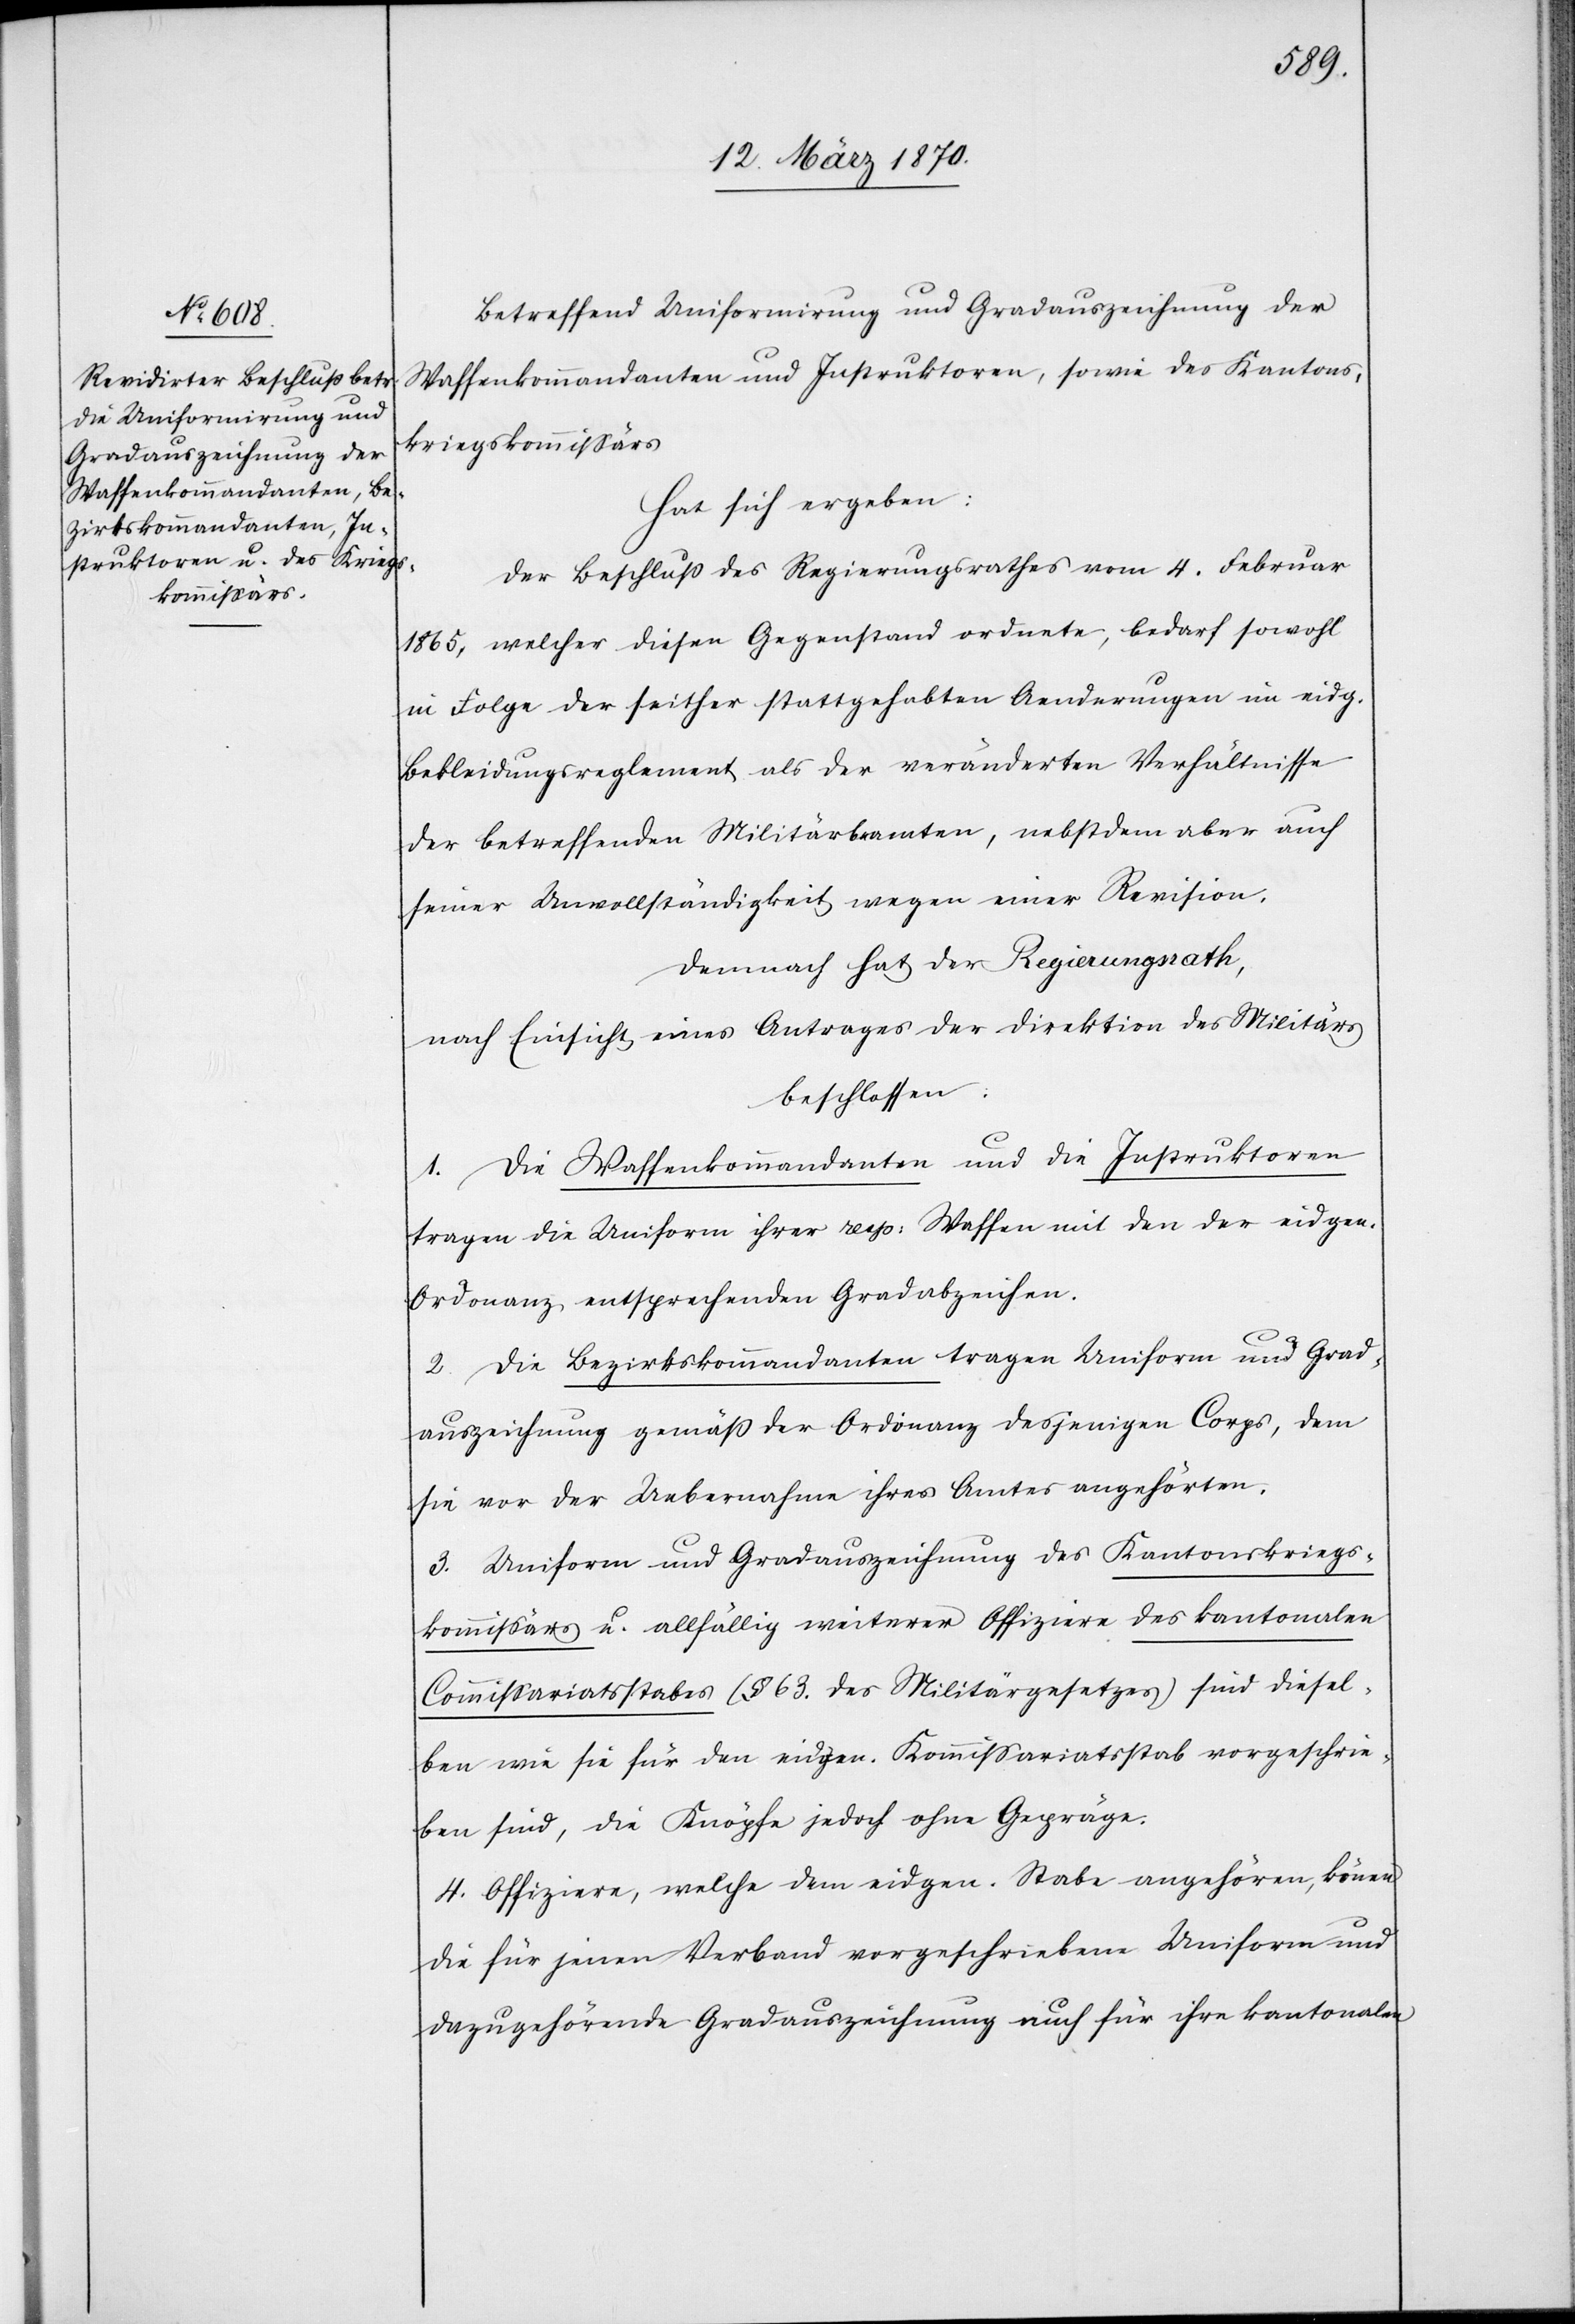
Betreffend Uniformirung und Gradauszeichnung der
Waffenkommandanten und Instruktoren, sowie des Kantons¬
kriegskommissärs
hat sich ergeben:
Der Beschluß des Regierungsrathes vom 4. Februar
1865, welcher diesen Gegenstand ordnete, bedarf sowohl
in Folge der seither stattgefundenen Aenderungen im eidg.
Bekleidungsreglement als der veränderten Verhältnisse
der betreffenden Militärbeamten, nebstdem aber auch
seiner Unvollständigkeit wegen einer Revision.
Demnach hat der Regierungsrath,
nach Einsicht eines Antrages der Direktion des Militärs
beschlossen:
1. Die Waffenkommandanten und die Instruktoren
tragen die Uniform ihrer resp: Waffen mit den der eidgen.
Ordonanz entsprechenden Gradabzeichen.
2. Die Bezirkskommandanten tragen Uniform und Grad¬
auszeichnung gemäß der Ordonanz desjenigen Corps, dem
sie vor der Uebernahme ihres Amtes angehörten.
3. Uniform und Gradauszeichnung des Kantonskriegs¬
kommissärs u. allfällig weiterer Offiziere des kantonalen
Commissariatsstabes (§ 63. des Militärgesetzes) sind diesel¬
ben wie sie für den eidgen. Kommissariatsstab vorgeschrie¬
ben sind, die Knöpfe jedoch ohne Gepräge.
4. Offiziere, welche dem eidgen. Stabe angehören, könen
die für jenen Verband vorgeschriebene Uniform und
dazugehörende Gradauszeichnung auch für ihre kantonalen